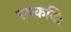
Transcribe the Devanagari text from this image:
सत्कविः